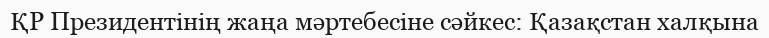
ҚР Президентінің жаңа мәртебесіне сәйкес: Қазақстан халқына